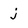
Character: j